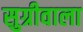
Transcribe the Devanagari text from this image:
सुग्रीवाला